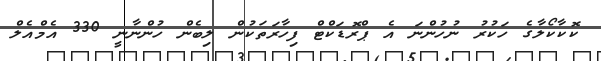
ކޮކާކޯލާގެ ހަކުރު ނުހުންނަ އެ ޕްރޮޑަކްޓް ފިހާރަތަކުން ލިބެން ހުންނާނީ 330 އެމްއެލް